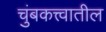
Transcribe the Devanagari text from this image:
चुंबकत्त्वातील